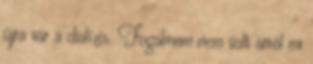
újra vár a dialízis. Fogalmam nem volt arról mi